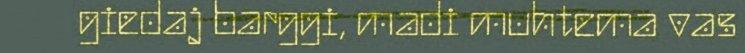
giedaj barggi, madi muhtema vas